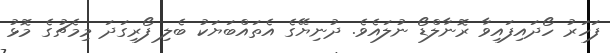
ފަހަރު ހޯދައިފައިވާ ރޮނާލްޑޯ ނުލައެވެ. ދުނިޔޭގެ އެތައްބަޔަކު ބެލި ފޯރިގަދަ މިމެޗުގެ މޮޅު